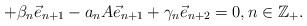
LaTeX: \begin{align*}+ \beta_n \vec e_{n+1} - a_n A \vec e_{n+1} + \gamma_n \vec e_{n+2} = 0,n\in\mathbb{Z}_+.\end{align*}